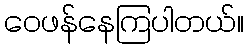
ဝေဖန်နေကြပါတယ်။